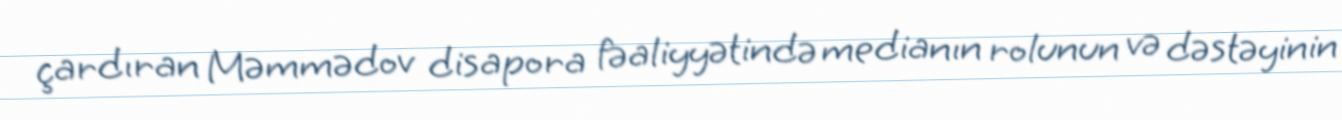
çardıran Məmmədov disapora fəaliyyətində medianın rolunun və dəstəyinin